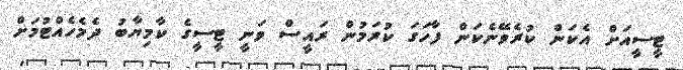
ޓީސީއަށް އެކަން ކުރެވޭނެކަން ފާހަގަ ކުރަމުން ރައީސް ވަނީ ޓީސީގެ ކާމިޔާބު ދެމެހެއްޓުމަށް